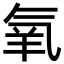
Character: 氧